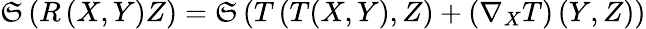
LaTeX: {\mathfrak{S}}\left(R\left(X,Y\right)Z\right)={\mathfrak{S}}\left(T\left(T(X,Y),Z\right)+\left(\nabla_{X}T\right)\left(Y,Z\right)\right)